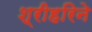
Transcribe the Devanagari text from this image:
श्रीहरिने